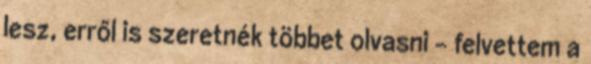
lesz, erről is szeretnék többet olvasni - felvettem a